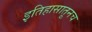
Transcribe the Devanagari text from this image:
इतिहासातूनच